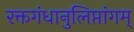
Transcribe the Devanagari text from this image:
रक्तगंधानुलिप्तांगम्